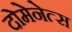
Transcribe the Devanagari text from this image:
दोमेनेत्स